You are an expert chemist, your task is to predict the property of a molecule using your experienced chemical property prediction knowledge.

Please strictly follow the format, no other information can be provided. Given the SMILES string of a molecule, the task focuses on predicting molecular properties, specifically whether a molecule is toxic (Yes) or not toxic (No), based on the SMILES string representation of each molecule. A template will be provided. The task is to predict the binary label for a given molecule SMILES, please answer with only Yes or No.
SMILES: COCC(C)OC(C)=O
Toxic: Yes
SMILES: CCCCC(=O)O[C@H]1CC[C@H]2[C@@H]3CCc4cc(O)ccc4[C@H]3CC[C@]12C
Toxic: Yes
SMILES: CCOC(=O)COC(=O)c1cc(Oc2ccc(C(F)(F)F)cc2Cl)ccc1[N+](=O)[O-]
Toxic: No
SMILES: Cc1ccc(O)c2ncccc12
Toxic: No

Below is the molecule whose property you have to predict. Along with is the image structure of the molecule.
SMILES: CCOC(CN1CCN(CC(C)C(=O)c2ccccc2)CC1)c1ccccc1
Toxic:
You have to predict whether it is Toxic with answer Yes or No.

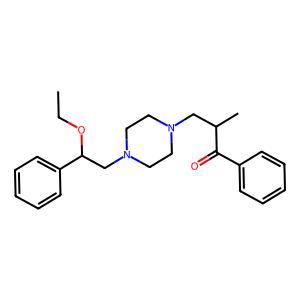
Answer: No